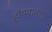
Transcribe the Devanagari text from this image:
होण्यातला